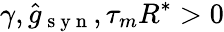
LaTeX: \gamma,\hat{g}_{\mathrm{~s~y~n~}},\tau_{m}R^{*}>0